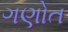
ગણોત